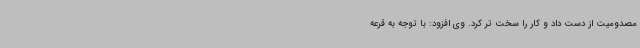
مصدومیت از دست داد و کار را سخت تر کرد. وی افزود: با توجه به قرعه